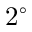
2 ^ { \circ }